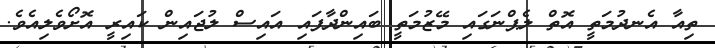
ތިއާ އެނދުމަތީ އޮތް ލެޕްނަގައި މޭޒުމަތީ ބައިންދާފައި އައިސް ލުޖައިން ކައިރީ އޮށޯވެލިއެވެ.